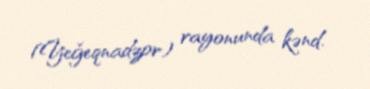
(Yeğeqnadzor) rayonunda kənd.